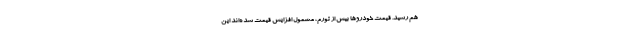
هم رسید. قیمت‌ خودروها بیش از تورم، مشمول افزایش قیمت شده‌اند این